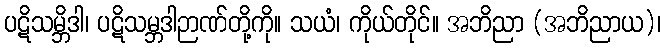
ပဋိသမ္ဘိဒါ၊ ပဋိသမ္ဘဒါဉာဏ်တို့ကို။ သယံ၊ ကိုယ်တိုင်။ အဘိညာ (အဘိညာယ)၊